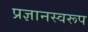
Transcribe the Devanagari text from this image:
प्रज्ञानस्वरूप